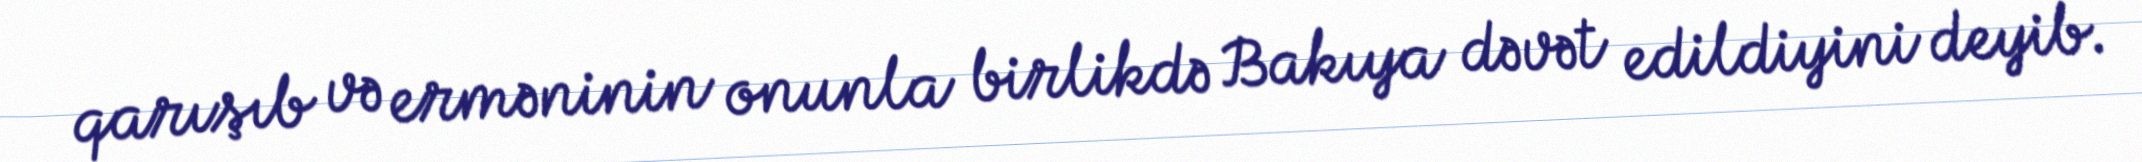
qarışıb və erməninin onunla birlikdə Bakıya dəvət edildiyini deyib.